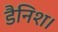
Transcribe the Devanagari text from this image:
डैनिश।